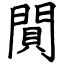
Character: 閴